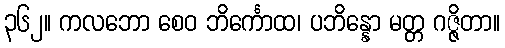
၃၆၂။ ကလဘော စေဝ ဘိင်္ကောထ၊ ပဘိန္နော မတ္တ ဂဇ္ဇိတာ။